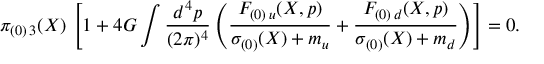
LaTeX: \pi _ { ( 0 ) \, 3 } ( X ) \, \left[ 1 + 4 G \int { \frac { d ^ { 4 } p } { ( 2 \pi ) ^ { 4 } } } \left( { \frac { { \cal F } _ { ( 0 ) \, u } ( X , p ) } { \sigma _ { ( 0 ) } ( X ) + m _ { u } } } + { \frac { { \cal F } _ { ( 0 ) \, d } ( X , p ) } { \sigma _ { ( 0 ) } ( X ) + m _ { d } } } \right) \right] = 0 .